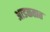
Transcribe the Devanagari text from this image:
अाडळतात